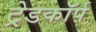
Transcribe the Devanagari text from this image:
ट्रेडकॉर्प